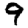
Digit: 9